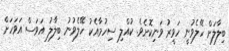
ބިލާލަށް ހޭލެވުނީ ހަވީރު ވަނިކޮށެވެ. ކުއްލި ސިހުމާއެކު ހޭލެވުނު ބިލާލު އަވަސް އަވަހަށް